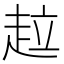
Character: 趇